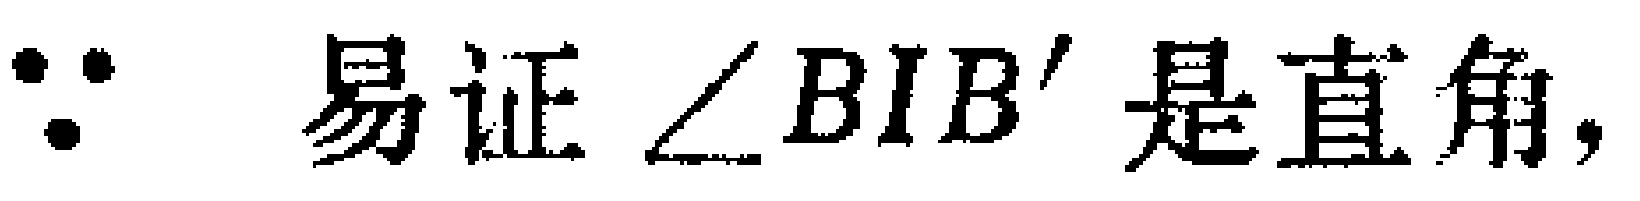
$\because$ 易证 $\angle BIB^{\prime}$ 是直角，